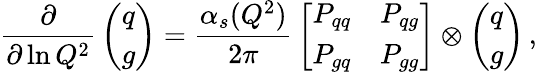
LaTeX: {\frac{\partial}{\partial\ln Q^{2}}}\left(\begin{array}{c}{{q}}\\ {{g}}\end{array}\right)={\frac{\alpha_{s}(Q^{2})}{2\pi}}\left[\begin{array}{cc}{{P_{qq}}}&{{P_{qg}}}\\ {{P_{gq}}}&{{P_{gg}}}\end{array}\right]\otimes\left(\begin{array}{c}{{q}}\\ {{g}}\end{array}\right)\, ,